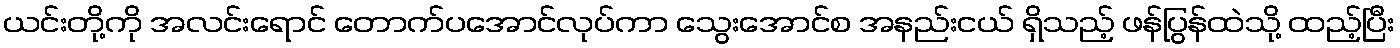
ယင်းတို့ကို အလင်းရောင် တောက်ပအောင်လုပ်ကာ သွေးအောင်စ အနည်းငယ် ရှိသည့် ဖန်ပြွန်ထဲသို့ ထည့်ပြီး